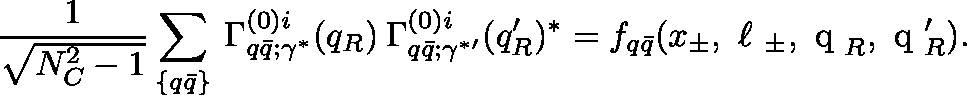
\frac 1 { \sqrt { N _ { C } ^ { 2 } - 1 } } \sum _ { \{ q \bar { q } \} } \: \Gamma _ { q \bar { q } ; \gamma ^ { * } } ^ { ( 0 ) i } ( q _ { R } ) \: \Gamma _ { q \bar { q } ; \gamma ^ { * \prime } } ^ { ( 0 ) i } ( q _ { R } ^ { \prime } ) ^ { * } = f _ { q \bar { q } } ( x _ { \pm } , \mathrm { \boldmath ~ \ell ~ } _ { \pm } , \mathrm { \boldmath ~ q ~ } _ { R } , \mathrm { \boldmath ~ q ~ } _ { R } ^ { \prime } ) .